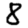
Digit: 8